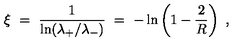
\xi \ = \ \frac { 1 } { \ln ( \lambda _ { + } / \lambda _ { - } ) } \ = \ - \ln \left( 1 - \frac { 2 } { R } \right) \ ,